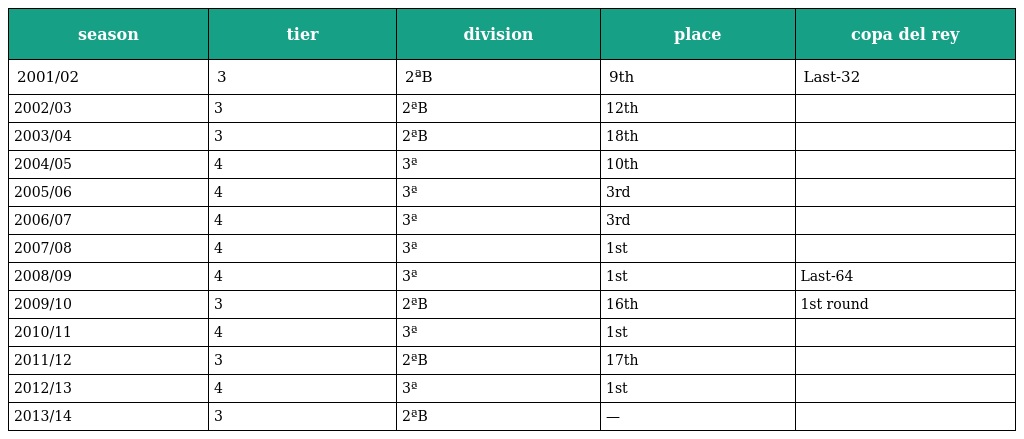
| season | tier | division | place | copa del rey |
 | --- | --- | --- | --- | --- |
 | 2001/02 | 3 | 2ªB | 9th | Last-32 |
 | 2002/03 | 3 | 2ªB | 12th |  |
 | 2003/04 | 3 | 2ªB | 18th |  |
 | 2004/05 | 4 | 3ª | 10th |  |
 | 2005/06 | 4 | 3ª | 3rd |  |
 | 2006/07 | 4 | 3ª | 3rd |  |
 | 2007/08 | 4 | 3ª | 1st |  |
 | 2008/09 | 4 | 3ª | 1st | Last-64 |
 | 2009/10 | 3 | 2ªB | 16th | 1st round |
 | 2010/11 | 4 | 3ª | 1st |  |
 | 2011/12 | 3 | 2ªB | 17th |  |
 | 2012/13 | 4 | 3ª | 1st |  |
 | 2013/14 | 3 | 2ªB | — |  |